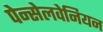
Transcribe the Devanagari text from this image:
पेन्सेलवेनियन